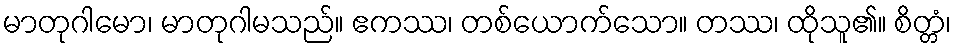
မာတုဂါမော၊ မာတုဂါမသည်။ ဧကဿ၊ တစ်ယောက်သော။ တဿ၊ ထိုသူ၏။ စိတ္တံ၊